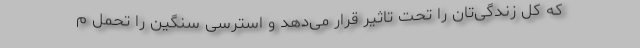
که کل زندگی‌تان را تحت تاثیر قرار می‌دهد و استرسی سنگین را تحمل م